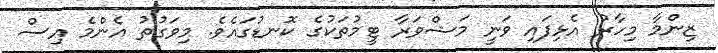
ޒިންމާ މިހާރު އެޅިފައި ވަނީ މަޝްވަރާ ޓީމުތަކުގެ ކޮނޑުގައެވެ. މިވަގުތު އެންމެ އިސް